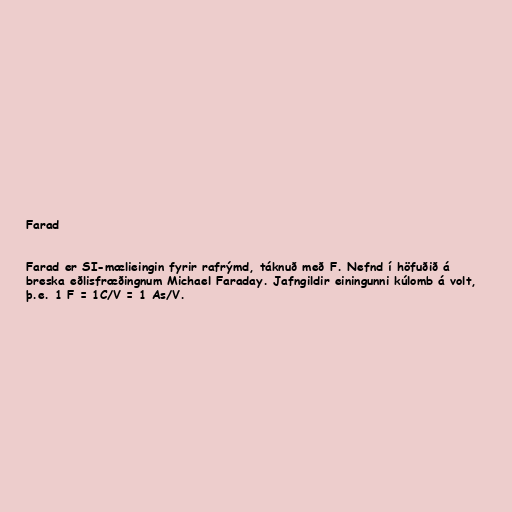
Farad

Farad er SI-mælieingin fyrir rafrýmd, táknuð með F. Nefnd í höfuðið á
breska eðlisfræðingnum Michael Faraday. Jafngildir einingunni kúlomb á volt,
þ.e. 1 F = 1C/V = 1 As/V.